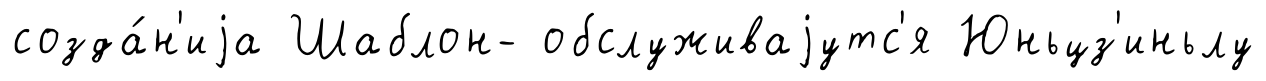
созда́н'иjа Шаблон- обслуживаjутс'я Юньцз'иньлу